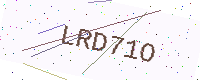
Text: LRD71O